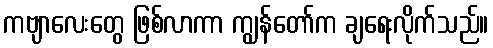
ကဗျာလေးတွေ ဖြစ်လာကာ ကျွန်တော်က ချရေးလိုက်သည်။